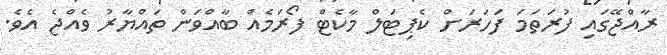
ރާއްޖޭގައި ފުރަތަމަ ފަހަރަށް ކެޕިޓަލް މާކެޓް ފޯރަމެއް ބާއްވަން ތައްޔާރު ވެއްޖެ އެވެ.